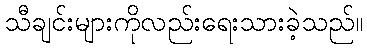
သီချင်းများကိုလည်းရေးသားခဲ့သည်။